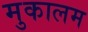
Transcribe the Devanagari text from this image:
मुकालम